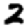
Digit: 2